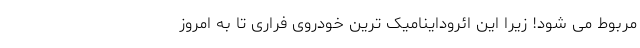
مربوط می شود! زیرا این ائروداینامیک ترین خودروی فراری تا به امروز